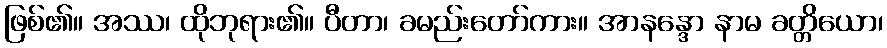
ဖြစ်၏။ အဿ၊ ထိုဘုရား၏။ ပီတာ၊ ခမည်းတော်ကား။ အာနန္ဒော နာမ ခတ္တိယော၊